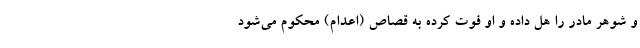
و شوهر مادر را هُل داده و او فوت کرده به قصاص (اعدام) محکوم می‌شود